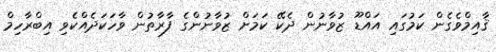
ޤާއިމްވެގެން ކަމުގައި އައްޑޫ ޒުވާނުން ދެކޭ ކަމަށް ޒުވާނުންގެ ފާރާތުން ވާހަކަދެއްކެވި އިބްރާހިމް